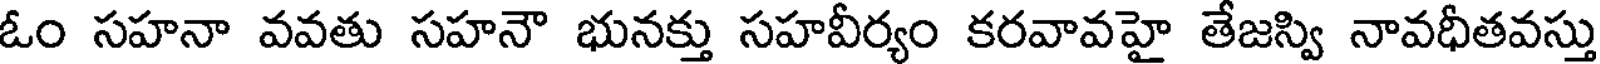
ఓం సహనా వవతు సహనౌ భునక్తు సహవీర్యం కరవావహై తేజస్వి నావధీతవస్తు